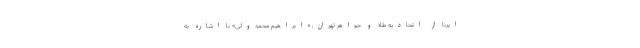
ایرنا از اتحادیه طلا و جواهر تهران، «ابراهیم محمدولی» با اشاره به